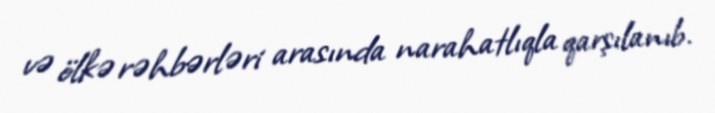
və ölkə rəhbərləri arasında narahatlıqla qarşılanıb.